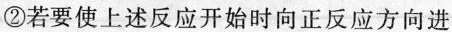
②若要使上述反应开始时向正反应方向进